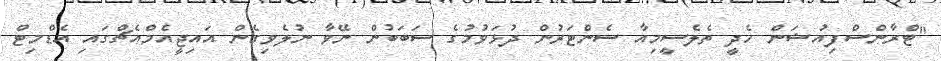
"ޓްރާންސްފިއުޝަން ހެދީ ތެލެސީމިއާ ސެންޓަރުން ދުޅަވުމުގެ ސަބަބުން ނޭވާ ނުލެވިގެން އައިޖީއެމްއެޗްގައި އެޑްމިޓް